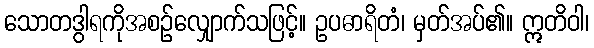
သောတဒွါရကိုအစဉ်လျှောက်သဖြင့်။ ဥပဓာရိတံ၊ မှတ်အပ်၏။ ဣတိဝါ၊